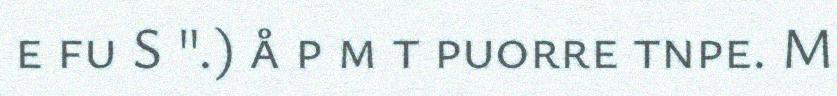
e fu S ".) å p m t puorre tnpe. M